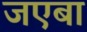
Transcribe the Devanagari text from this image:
जएबा